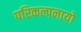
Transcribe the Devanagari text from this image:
परिकल्पनायो